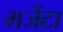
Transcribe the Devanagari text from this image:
मजेंटा